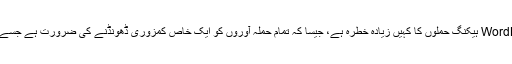
مزید برآں ، اوپن سورس پلیٹ فارم جیسے WordPress ہیکنگ حملوں کا کہیں زیادہ خطرہ ہے، جیسا کہ تمام حملہ آوروں کو ایک خاص کمزوری ڈھونڈنے کی ضرورت ہے جسے بعد میں کہیں زیادہ اونچائی پر چھوٹا جاسکتا ہے۔